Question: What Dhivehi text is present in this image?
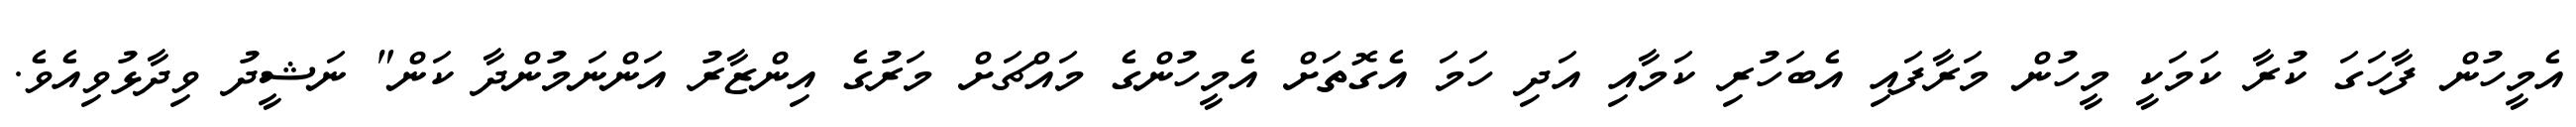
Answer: އެމީހުން ފާހަގަ ކުރާ ކަމަކީ މީހުން މަރާފައި އެބަހުރި ކަމާއި އަދި ހަމަ އެގޮތަށް އެމީހުންގެ މައްޗަށް މަރުގެ އިންޒާރު އަންނަމުންދާ ކަން" ނަޝީދު ވިދާޅުވިއެވެ.